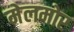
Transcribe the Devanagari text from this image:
मेलमोर